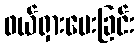
ဖယ်ရှားပေးခြင်း